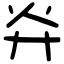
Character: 灷